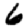
Digit: 6